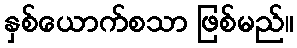
နှစ်ယောက်စသာ ဖြစ်မည်။